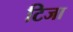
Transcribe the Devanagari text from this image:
टिजा